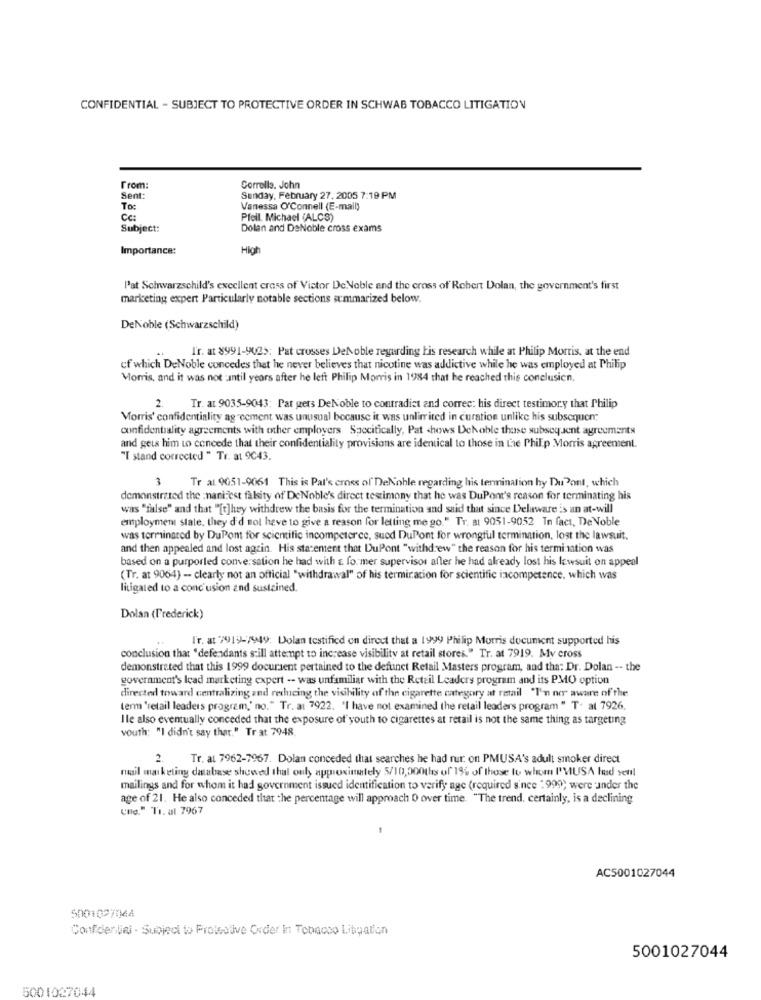
CONFIDENTIAL - SUBJECT TO PROTECTIVE ORDER IN SCHWAB TOBACCO LITIGATION
From:
Corrella. John
Sent:
Sunday, February 27. 2005 7:19 PM
To:
Vanessa O'Connell (E-mail)
Cc:
Pfeil. Michael (ALCS)
Subject:
Dolan and DeNoble cross exams
Importance:
High
P'at Schwarzschild's excellent cross of Victor De Noble and the cross of Robert Dolan, the government's first
marketing expert Particularly notable sections summarized below.
DeNoble (Schwarzschild)
I'r. at 8991-9025: Pat crosses DeNoble regarding his research while at Philip Morris, at the end
cf which DeNoble concedes that he never believes that nicotine was addictive while he was employed at Philip
Morris, and it was not :antil years after he left Philip Morris in 1984 that he reached this conclusion,
2. Tr. at 9035-9043: Pat gets DeNoble to contradict and correc: his direct testimony that Philip
Morris' confidentiality agreement was unusual because it was unlimited in curation unlike his subsequon;
confidentiality agreements with other employers Specifically, Pat chows Dekoble those subsequent agreements
and gets him to concede that their confidentiality provisions are identical to those in the Philip Morris agreement.
"I stand corrected " Tr. at 9C43.
3 Tr al 9051-9061 This is Pal's cross of Dekohle regarding his termination hy Du Pont, which
demonstrated the :nanifest falsity of DeNoble's direct testimony that he was DuPont's reason for terminating his
was "false" and that "[t]hey withdrew the basis for the termination and said that since Delaware is an at-will
employment stale, they did not have to give a reason for letting me go." Tr. at 9051-9052 In fact, De Noble
was terminated by DuPont for scientific incompeterce, sued DuPont for wrongful termination, lost the lawsuit.
and then appealed and lost again. His statement that DuPont "withdrew" the reason for his termination was
based on a purported conversation he had with & fo. mer supervisor after he had already lost his lawsuit on appeal
(Tr. at 9064) - clearly not an official "withdrawal" of his termiration for scientific incompetence, which was
litigaled to a conc'usion and sustained.
Dolan (Frederick)
I'r. at 7919-7949: Dolan testified on direct that a 1999 Philip Morris document supported his
conclusion that "defendants still attempt to increase visibility at retail stores." Tr. at 7919. Mv cross
demonstrated that this 1999 docursent pertained to the defunct Retail Masters program, and tha: Dr. Dolan -- the
government's lead marketing expert -- was unfamiliar with the Retail Leaders program and its PMO option
directed toward centralizing and reducing the visibility of the cigarette category at retail "I'm no aware of the
term 'retail leaders program,' no." Tr. at 7922. "I have not examined the retail leaders program " T- at 7926.
Ile also eventually conceded that the exposure of youth to cigarettes at retail is not the same thing as targeting
youth: "I didn't say that." Tr at 7948.
2
Tr. al 7962-7967. Dolan conceded that searches he had nur on PMUSA's adult smoker direct
mail marketing database showed that only approximately 5/10,000ths of 19% of those to whom I'MUSA tud senl
mailings and for whom it had government issued identification to verify age (required since : 999; were under the
age of 21. He also conceded that the percentage will approach 0 over time. "The trend, certainly, is a declining
Une." Ti. at 7967
AC5001027044
5001027064
Confidentiel · Subject to Protective Order In Tobacco Litigation
5001027044
5001027044